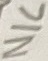
Text: N/C